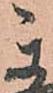
秀